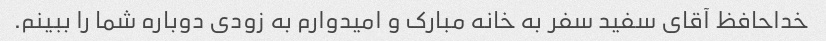
خداحافظ آقای سفید سفر به خانه مبارک و امیدوارم به زودی دوباره شما را ببینم.